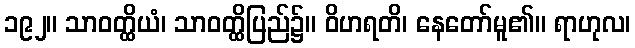
၁၉၂။ သာဝတ္ထိယံ၊ သာဝတ္ထိပြည်၌။ ဝိဟရတိ၊ နေတော်မူ၏။ ရာဟုလ၊